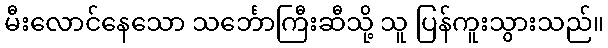
မီးလောင်နေသော သင်္ဘောကြီးဆီသို့ သူ ပြန်ကူးသွားသည်။